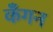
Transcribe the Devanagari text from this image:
कँगन